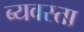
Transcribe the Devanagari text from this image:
ब्यवस्ता